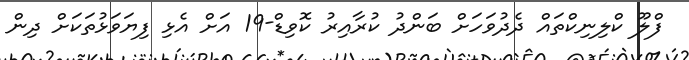
ފްލޫ ކްލިނިކްތައް ދެދުވަހަށް ބަންދު ކުރާއިރު ކޮވިޑް-19 އަށް އެޅި ފިޔަވަޅުތަކަށް ދިން